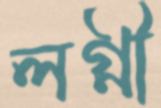
লগ্নী